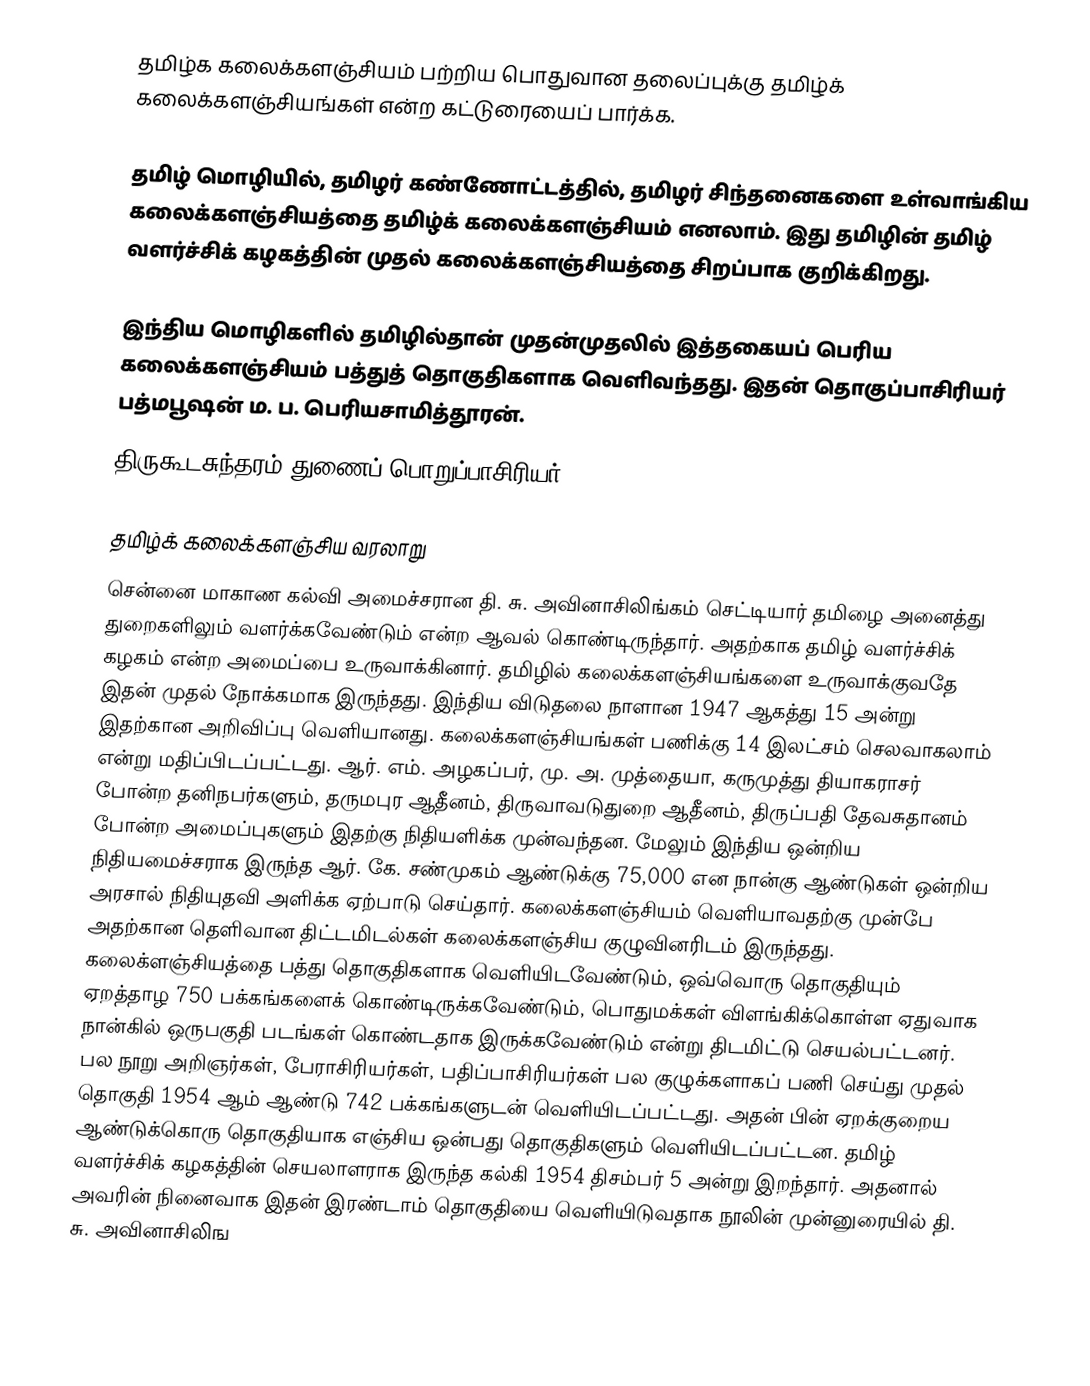
தமிழ்க கலைக்களஞ்சியம் பற்றிய பொதுவான தலைப்புக்கு தமிழ்க் கலைக்களஞ்சியங்கள் என்ற கட்டுரையைப் பார்க்க.

தமிழ் மொழியில், தமிழர் கண்ணோட்டத்தில், தமிழர் சிந்தனைகளை உள்வாங்கிய கலைக்களஞ்சியத்தை தமிழ்க் கலைக்களஞ்சியம் எனலாம்.  இது தமிழின் தமிழ் வளர்ச்சிக் கழகத்தின் முதல் கலைக்களஞ்சியத்தை சிறப்பாக குறிக்கிறது.

இந்திய மொழிகளில் தமிழில்தான் முதன்முதலில் இத்தகையப் பெரிய கலைக்களஞ்சியம் பத்துத் தொகுதிகளாக வெளிவந்தது. இதன் தொகுப்பாசிரியர் பத்மபூஷன் ம. ப. பெரியசாமித்தூரன்.
திருகூடசுந்தரம் துணைப் பொறுப்பாசிரியர்.

தமிழ்க் கலைக்களஞ்சிய வரலாறு
சென்னை மாகாண கல்வி அமைச்சரான தி. சு. அவினாசிலிங்கம் செட்டியார் தமிழை அனைத்து துறைகளிலும் வளர்க்கவேண்டும் என்ற ஆவல் கொண்டிருந்தார். அதற்காக தமிழ் வளர்ச்சிக் கழகம் என்ற அமைப்பை உருவாக்கினார். தமிழில் கலைக்களஞ்சியங்களை உருவாக்குவதே இதன் முதல் நோக்கமாக இருந்தது. இந்திய விடுதலை நாளான 1947 ஆகத்து 15 அன்று இதற்கான அறிவிப்பு வெளியானது. கலைக்களஞ்சியங்கள் பணிக்கு 14 இலட்சம் செலவாகலாம் என்று மதிப்பிடப்பட்டது. ஆர். எம். அழகப்பர், மு. அ. முத்தையா, கருமுத்து தியாகராசர் போன்ற தனிநபர்களும், தருமபுர ஆதீனம், திருவாவடுதுறை ஆதீனம், திருப்பதி தேவசுதானம் போன்ற அமைப்புகளும் இதற்கு நிதியளிக்க முன்வந்தன. மேலும் இந்திய ஒன்றிய நிதியமைச்சராக இருந்த ஆர். கே. சண்முகம் ஆண்டுக்கு 75,000 என நான்கு ஆண்டுகள் ஒன்றிய அரசால் நிதியுதவி அளிக்க ஏற்பாடு செய்தார். கலைக்களஞ்சியம் வெளியாவதற்கு முன்பே அதற்கான தெளிவான திட்டமிடல்கள் கலைக்களஞ்சிய குழுவினரிடம் இருந்தது. கலைக்ளஞ்சியத்தை பத்து தொகுதிகளாக வெளியிடவேண்டும், ஒவ்வொரு தொகுதியும் ஏறத்தாழ 750 பக்கங்களைக் கொண்டிருக்கவேண்டும், பொதுமக்கள் விளங்கிக்கொள்ள ஏதுவாக நான்கில் ஒருபகுதி படங்கள் கொண்டதாக இருக்கவேண்டும் என்று திடமிட்டு செயல்பட்டனர். பல நூறு அறிஞர்கள், பேராசிரியர்கள், பதிப்பாசிரியர்கள் பல குழுக்களாகப் பணி செய்து முதல் தொகுதி 1954 ஆம் ஆண்டு 742 பக்கங்களுடன் வெளியிடப்பட்டது. அதன் பின் ஏறக்குறைய ஆண்டுக்கொரு தொகுதியாக எஞ்சிய ஒன்பது தொகுதிகளும் வெளியிடப்பட்டன.  தமிழ் வளர்ச்சிக் கழகத்தின் செயலாளராக இருந்த கல்கி 1954 திசம்பர் 5 அன்று இறந்தார். அதனால் அவரின் நினைவாக இதன் இரண்டாம் தொகுதியை வெளியிடுவதாக நூலின் முன்னுரையில் தி. சு. அவினாசிலிங